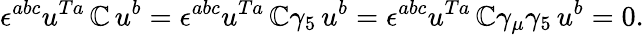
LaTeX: \epsilon^{abc}u^{Ta}\, \mathbb{C}\, u^{b}=\epsilon^{abc}u^{Ta}\, \mathbb{C}\gamma_{5}\, u^{b}=\epsilon^{abc}u^{Ta}\, \mathbb{C}\gamma_{\mu}\gamma_{5}\, u^{b}=0.